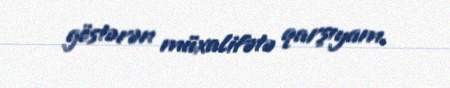
göstərən müxalifətə qarşıyam.